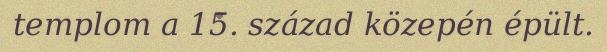
templom a 15. század közepén épült.